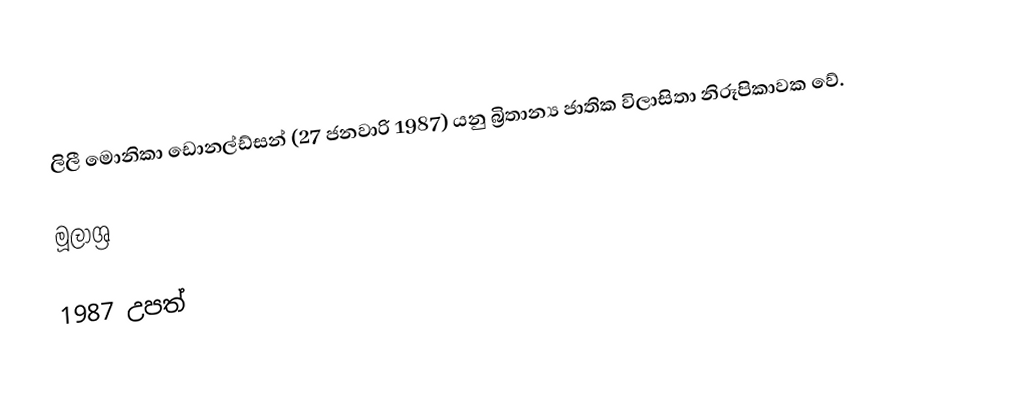
ලිලී මොනිකා ඩොනල්ඩ්සන් (27 ජනවාරි 1987) යනු බ්‍රිතාන්‍ය ජාතික විලාසිතා නිරූපිකාවක වේ.

මූලාශ්‍ර

1987 උපත්